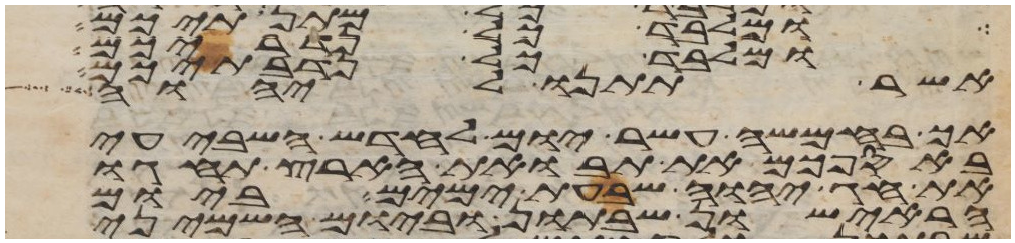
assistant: ומלבד כל נדריכם
ומלבד כל נדבתיכם
אשר תתנו ליהוה
אך בחמשה עשר יום לחדש השביעי
באספכם את תבואת הארץ תחגו
את חג יהוה שבעת ימים ביום
הראישון שבתון וביום השמיני